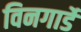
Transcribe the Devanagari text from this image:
विनगार्डे